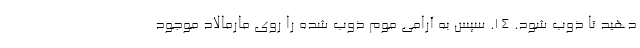
دهید تا ذوب شود. ۱۴. سپس به آرامی موم ذوب شده را روی مارمالاد موجود